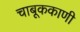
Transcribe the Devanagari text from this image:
चाबूककाणी